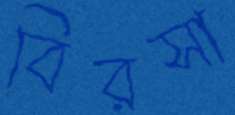
বিরসা